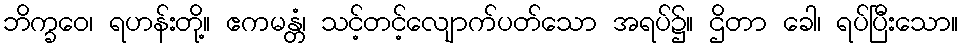
ဘိက္ခဝေ၊ ရဟန်းတို့။ ဧကမန္တံ၊ သင့်တင့်လျောက်ပတ်သော အရပ်၌။ ဌိတာ ခေါ၊ ရပ်ပြီးသော။